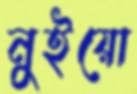
নুইয়ো